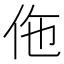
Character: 𬽲